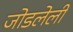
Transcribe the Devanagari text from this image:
जोडलेलीं